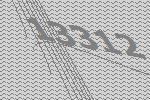
13312